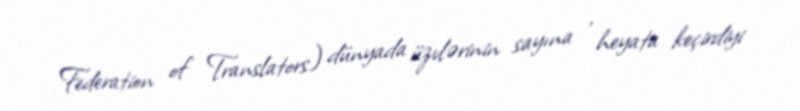
Federation of Translators) dünyada üzvlərinin sayına , heyata keçirdiyi